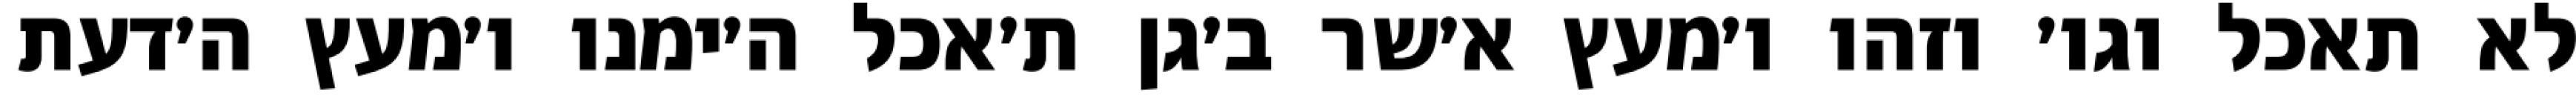
לא תאכל וגו׳ וזהו ו׳מעץ א׳שר ב׳גן ת׳אכל ה׳ימנו ו׳מעץ ה׳דעת